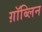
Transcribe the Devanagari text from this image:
ग़ॉब्लिन